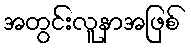
အတွင်းလူနာအဖြစ်